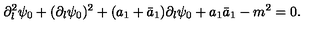
\partial _ { l } ^ { 2 } \psi _ { 0 } + ( \partial _ { l } \psi _ { 0 } ) ^ { 2 } + ( a _ { 1 } + \bar { a } _ { 1 } ) \partial _ { l } \psi _ { 0 } + a _ { 1 } \bar { a } _ { 1 } - m ^ { 2 } = 0 .